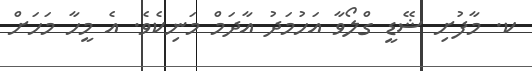
ކ. މާފުށި ޝޭޑީ ގްލޯވާ އަހުމަދު އާދަމް މަނިކެވެ. އެ މީހާ މަހަށް